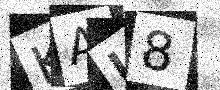
Text: KAL8